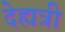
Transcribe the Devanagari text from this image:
देह्यत्री